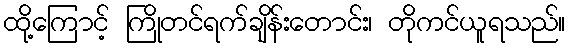
ထို့ကြောင့် ကြိုတင်ရက်ချိန်းတောင်း၊ တိုကင်ယူရသည်။